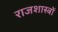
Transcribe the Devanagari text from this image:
राजशास्त्रों